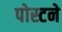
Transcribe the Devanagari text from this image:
पोस्टने